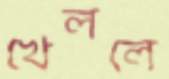
খেললে